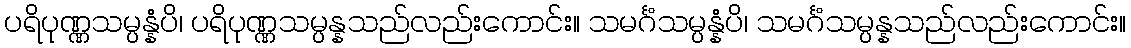
ပရိပုဏ္ဏသမ္ပန္နံပိ၊ ပရိပုဏ္ဏသမ္ပန္နသည်လည်းကောင်း။ သမင်္ဂံသမ္ပန္နံပိ၊ သမင်္ဂံသမ္ပန္နသည်လည်းကောင်း။